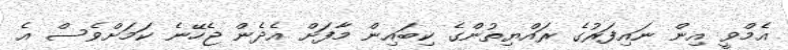
އެމްވީ އިން ނައިފަރުގެ ރައްޔިތުންގެ ކިބައިން މާފަށް އެދެން ޖެހޭނެ ކަމަށްވެސް އެ